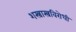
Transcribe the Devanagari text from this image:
शस्त्रास्त्रविरोधी